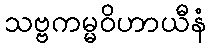
သဗ္ဗကမ္မဝိဟာယီနံ